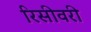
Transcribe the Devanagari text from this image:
रिसीवरी